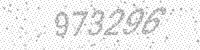
Solution: 973296